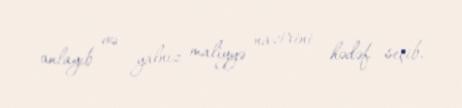
anlayıb və yalnız maliyyə nazirini hədəf seçib.